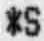
*S